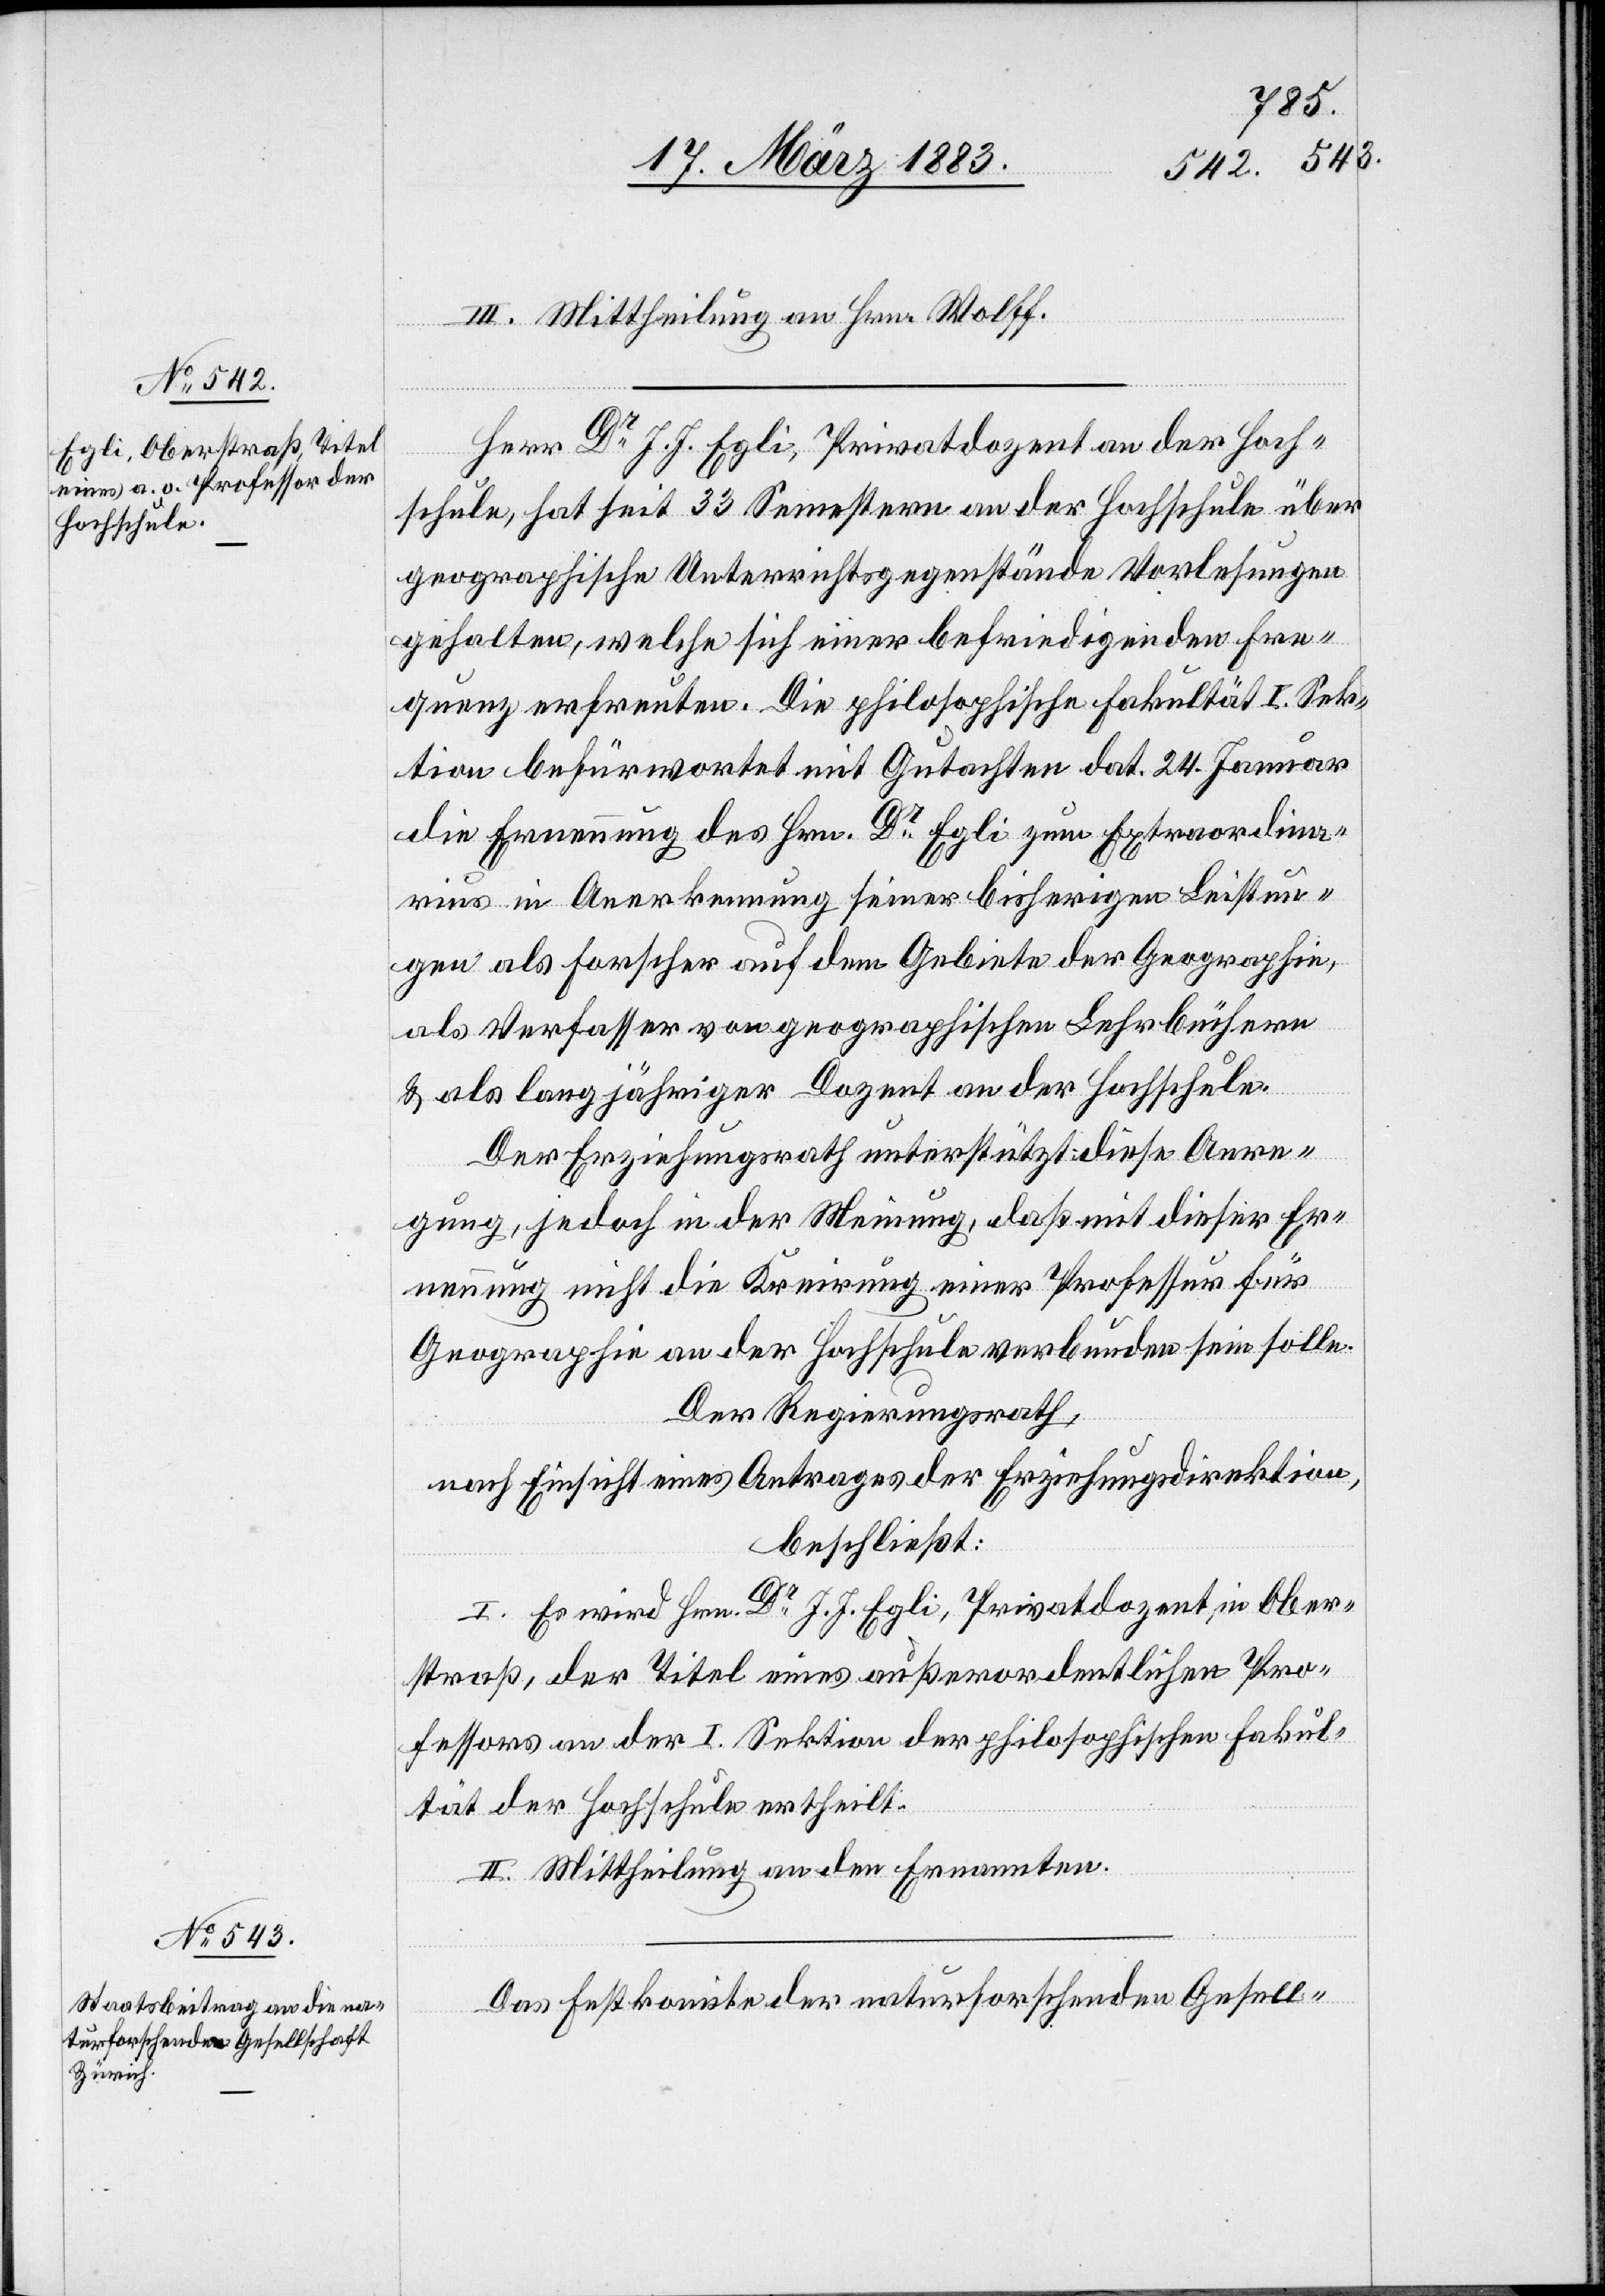
III. Mittheilung an Hrn. Wolff.
Herr Dr J. J. Egli, Privatdozent an der Hoch¬
schule, hat seit 33 Semestern an der Hochschule über
geographische Unterrichtsgegenstände Vorlesungen
gehalten, welche sich einer befriedigenden Fre¬
quenz erfreuten. Die philosophische Fakultät I. Sek¬
tion befürwortet mit Gutachten dat. 24. Januar
die Ernennung des Hrn. Dr Egli zum Extraordina¬
rius in Anerkennung seiner bisherigen Leistun¬
gen als Forscher auf dem Gebiete der Geographie,
als Verfasser von geographischen Lehrbüchern
& als langjähriger Dozent an der Hochschule.
Der Erziehungsrath unterstützt diese Anre¬
gung, jedoch in der Meinung, daß mit dieser Er¬
nennung nicht die Kreirung einer Professur für
Geographie an der Hochschule verbunden sein solle.
Der Regierungsrath,
nach Einsicht eines Antrages der Erziehungsdirektion,
beschließt:
I. Es wird Hrn. Dr J. J. Egli, Privatdozent, in Ober¬
straß, der Titel eines außerordentlichen Pro¬
fessors an der I. Sektion der philosophischen Fakul¬
tät der Hochschule ertheilt.
II. Mittheilung an den Ernannten.
Das Festkomite der naturforschenden Gesell-